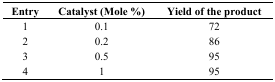
<table><thead><tr><td><b>Entry</b></td><td><b>Catalyst (Mole %)</b></td><td><b>Yield of the product</b></td></tr></thead><tbody><tr><td>1</td><td>0.1</td><td>72</td></tr><tr><td>2</td><td>0.2</td><td>86</td></tr><tr><td>3</td><td>0.5</td><td>95</td></tr><tr><td>4</td><td>1</td><td>95</td></tr></tbody></table>